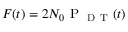
F ( t ) = 2 { { N } _ { 0 } } \mathrm { ~ P ~ } _ { \mathrm { ~ D ~ T ~ } } ( t )